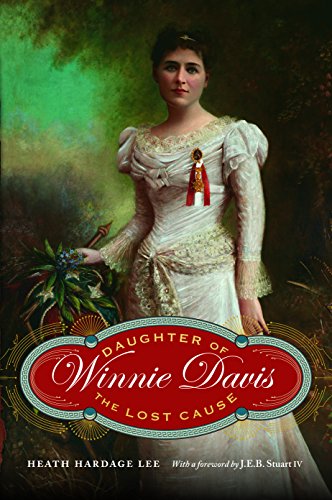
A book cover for Winnie Davis: Daughter of the Lost Cause; Heath Hardage Lee; Biographies & Memoirs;